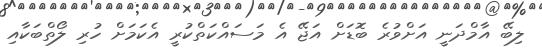
ލިބޭ އާމްދަނީ އަށްވުރެ ބޮޑަށް އަޖޭ އެ މަސައްކަތްކުރީ އެކަމަށް ހުރި ލޯތްބަކާއި